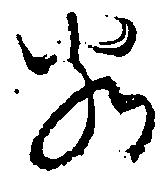
若